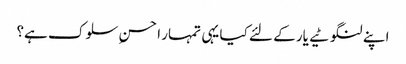
اپنے لنگوٹیے یار کے لئے کیا یہی تمہار ا حسنِ سلوک ہے؟